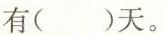
有( )天。